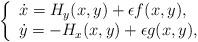
LaTeX: \begin{align*}\left\{\begin{array}{ll}\dot{x}= H_y(x,y)+\epsilon f(x,y), \\\dot{y}= -H_x(x,y)+\epsilon g(x,y),\end{array}\right.\end{align*}